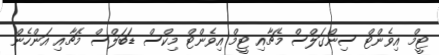
ޓީމް އިވެންޓް ސިންގަލްސް މެޗާއި ޓީމް އިވެންޓް މިކްސް ޑަބަލްސް މެޗާއި އަންހެން